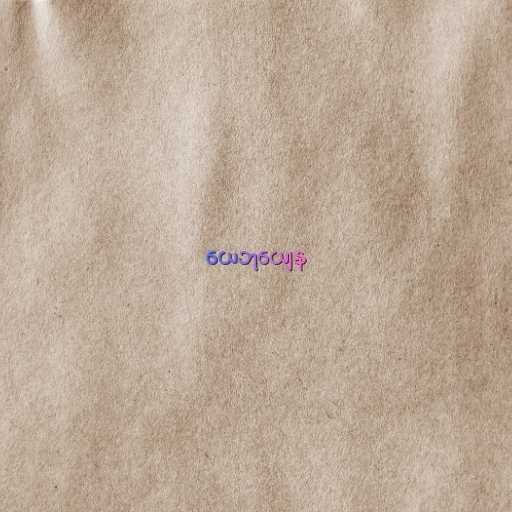
ယေဘုယျေန